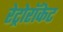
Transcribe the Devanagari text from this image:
रेट्रोरॉकेट